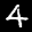
Label: 4